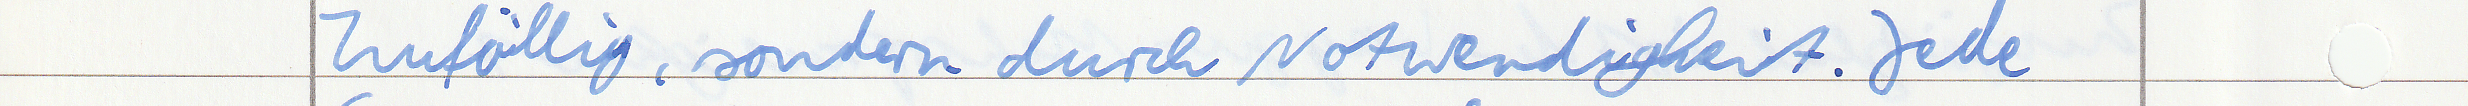
Zufällig, sondern durch Notwendigkeit. Jede